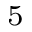
^ { 5 }